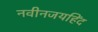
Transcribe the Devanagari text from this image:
नवीनजयहिंद